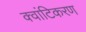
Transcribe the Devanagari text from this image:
क्वांटिकरण